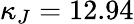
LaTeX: \kappa_{J}=12.94